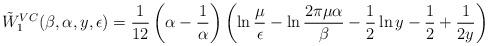
\begin{align*}\tilde{W}_1^{VC}(\beta,\alpha,y,\epsilon)={1 \over12}\left(\alpha-{1 \over\alpha}\right)\left(\ln{\mu \over \epsilon}-\ln{2\pi\mu\alpha \over\beta}- \frac 12 \ln y - \frac 12 +{1 \over 2y}\right)\end{align*}